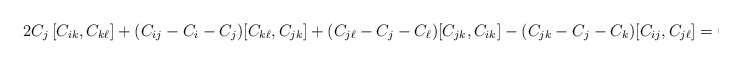
\begin{align*}2C_j\,[C_{ik},C_{k\ell}] +(C_{ij}-C_i-C_j)[C_{k\ell},C_{jk}] +(C_{j\ell}-C_j-C_\ell) [C_{jk},C_{ik}] -(C_{jk}-C_j-C_k)[C_{ij},C_{j\ell}] =0\,. \end{align*}